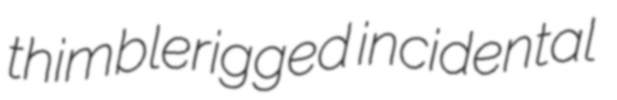
thimblerigged incidental